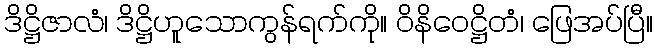
ဒိဋ္ဌိဇာလံ၊ ဒိဋ္ဌိဟူသောကွန်ရက်ကို။ ဝိနိဝေဋ္ဌိတံ၊ ဖြေအပ်ပြီ။